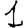
Digit: 1